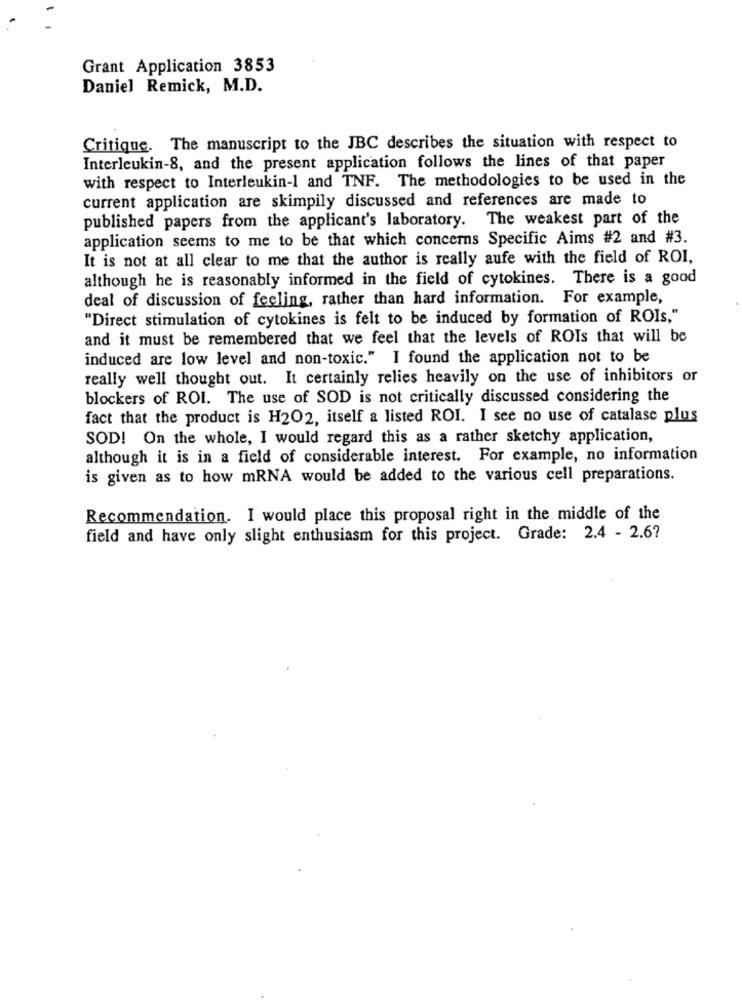
Grant Application 3853
Daniel Remick, M.D.
Critique. The manuscript to the JBC describes the situation with respect to
Interleukin-8, and the present application follows the lines of that paper
with respect to Interleukin-1 and TNF. The methodologies to be used in the
current application are skimpily discussed and references are made to
published papers from the applicant's laboratory. The weakest part of the
application seems to me to be that which concerns Specific Aims #2 and #3.
It is not at all clear to me that the author is really aufe with the field of ROI,
although he is reasonably informed in the field of cytokines. There is a good
deal of discussion of feeling, rather than hard information. For example,
"Direct stimulation of cytokines is felt to be induced by formation of ROIs,"
and it must be remembered that we feel that the levels of ROIs that will be
induced are low level and non-toxic." I found the application not to be
really well thought out. It certainly relies heavily on the use of inhibitors or
blockers of ROI. The use of SOD is not critically discussed considering the
fact that the product is H2O2, itself a listed ROI. I see no use of catalase plus
SOD! On the whole, I would regard this as a rather sketchy application,
although it is in a field of considerable interest. For example, no information
is given as to how mRNA would be added to the various cell preparations.
Recommendation. I would place this proposal right in the middle of the
field and have only slight enthusiasm for this project. Grade: 2.4 - 2.6?